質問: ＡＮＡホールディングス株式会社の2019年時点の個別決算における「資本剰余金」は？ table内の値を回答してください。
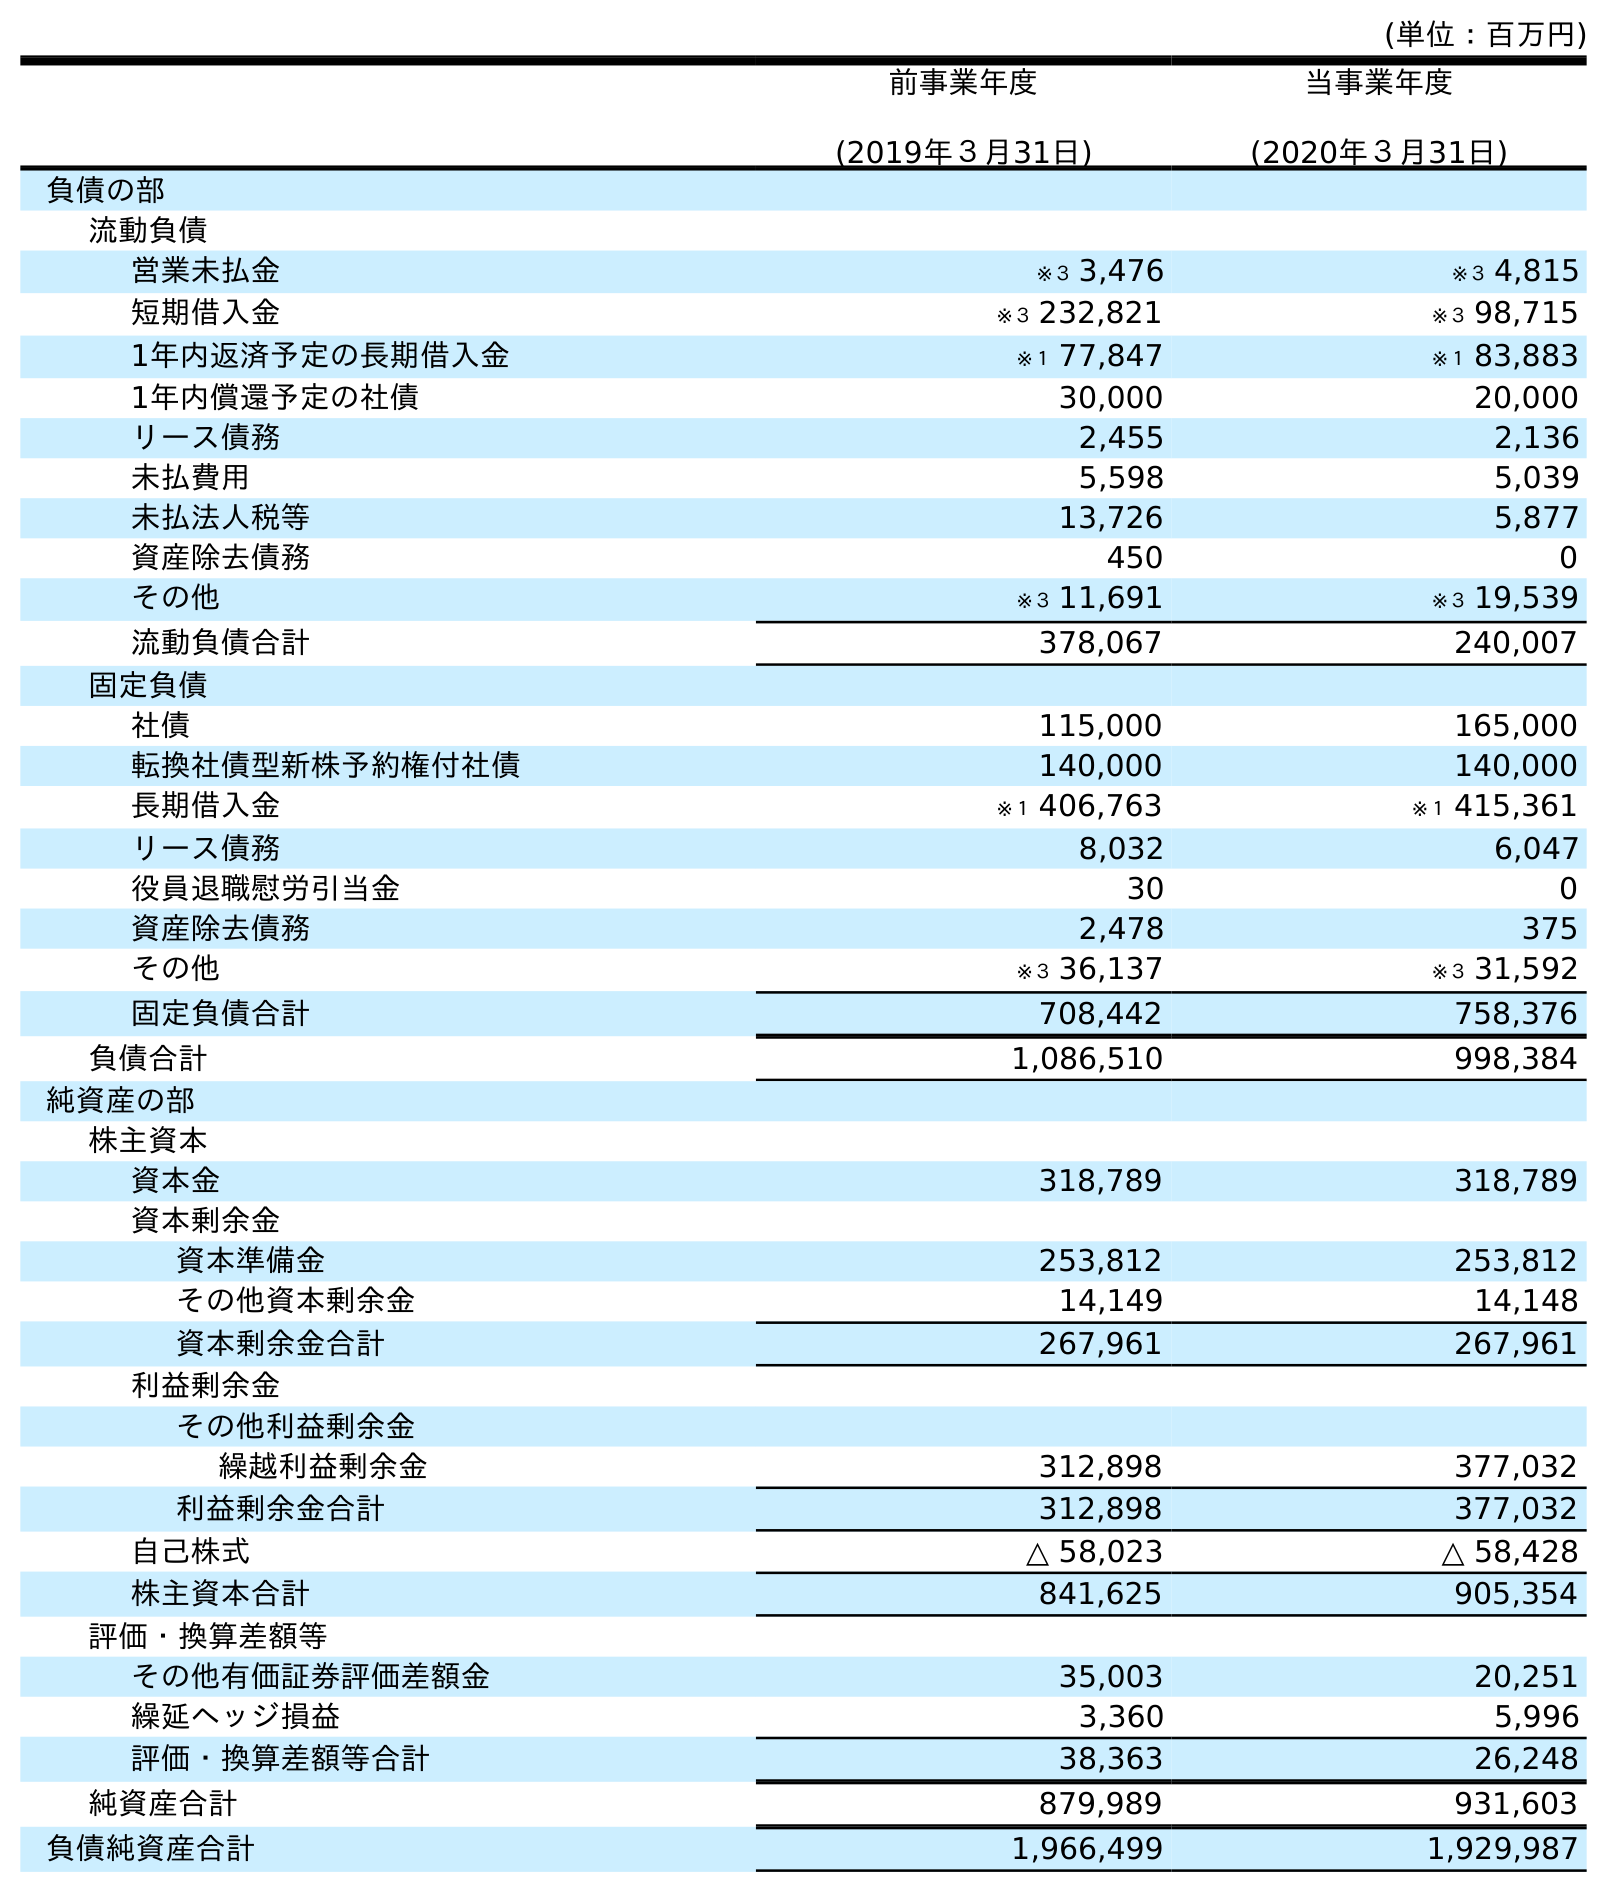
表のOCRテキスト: (単位：百万円) 前事業年度 (2019年３月31日) 当事業年度 (2020年３月31日) 負債の部 流動負債 営業未払金 ※３ 3,476 ※３ 4,815 短期借入金 ※３ 232,821 ※３ 98,715 1年内返済予定の長期借入金 ※１ 77,847 ※１ 83,883 1年内償還予定の社債 30,000 20,000 リース債務 2,455 2,136 未払費用 5,598 5,039 未払法人税等 13,726 5,877 資産除去債務 450 0 その他 ※３ 11,691 ※３ 19,539 流動負債合計 378,067 240,007 固定負債 社債 115,000 165,000 転換社債型新株予約権付社債 140,000 140,000 長期借入金 ※１ 406,763 ※１ 415,361 リース債務 8,032 6,047 役員退職慰労引当金 30 0 資産除去債務 2,478 375 その他 ※３ 36,137 ※３ 31,592 固定負債合計 708,442 758,376 負債合計 1,086,510 998,384 純資産の部 株主資本 資本金 318,789 318,789 資本剰余金 資本準備金 253,812 253,812 その他資本剰余金 14,149 14,148 資本剰余金合計 267,961 267,961 利益剰余金 その他利益剰余金 繰越利益剰余金 312,898 377,032 利益剰余金合計 312,898 377,032 自己株式 △ 58,023 △ 58,428 株主資本合計 841,625 905,354 評価・換算差額等 その他有価証券評価差額金 35,003 20,251 繰延ヘッジ損益 3,360 5,996 評価・換算差額等合計 38,363 26,248 純資産合計 879,989 931,603 負債純資産合計 1,966,499 1,929,987
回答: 267,961